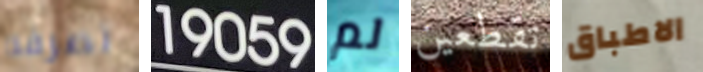
تصرفه 19059 لم تقطعين الاطباق